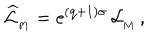
\widehat { \cal L } _ { _ \mathrm { M } } = \mathrm { e } ^ { { ( \mathrm { q + 1 ) } } \sigma } \, { \cal L } _ { _ \mathrm { M } } \, ,